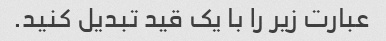
عبارت زیر را با یک قید تبدیل کنید.